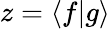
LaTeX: z=\langle f|g\rangle